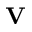
{ \bf V }